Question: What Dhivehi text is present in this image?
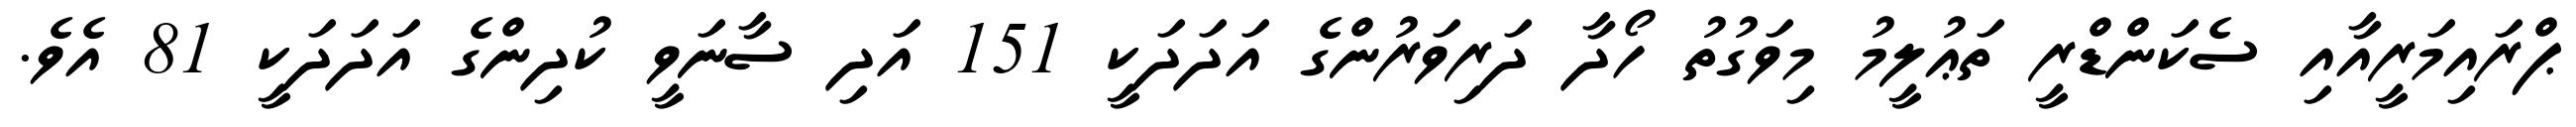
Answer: ޕްރައިމަރީއާއި ސެކަންޑްރީ ތަޢުލީމު މިވަގުތު ހޯދާ ދަރިވަރުންގެ އަދަދަކީ 151 އަދި ސާނަވީ ކުދިންގެ އަދަދަކީ 81 އެވެ.